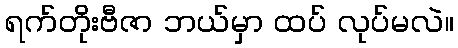
ရက်တိုးဗီဇာ ဘယ်မှာ ထပ် လုပ်မလဲ။